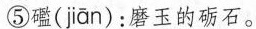
⑤( jiān )：磨玉的砺石。